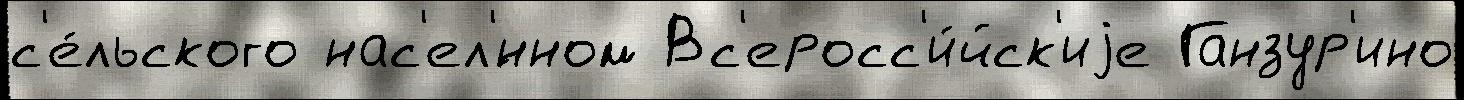
с'е́льского нас'ел'́нном Вс'еросс'и́йск'иjе Ганзур'ино